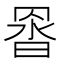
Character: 𮊇